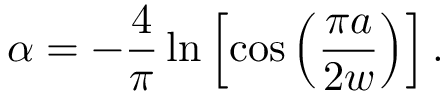
\alpha = - \frac { 4 } { \pi } \ln \left[ \cos \left( \frac { \pi a } { 2 w } \right) \right] .